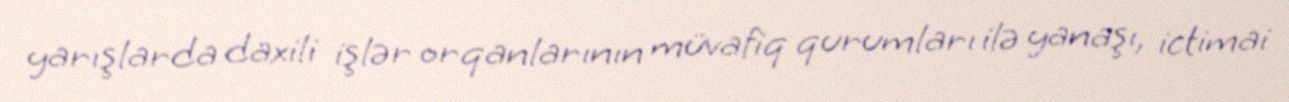
yarışlarda daxili işlər orqanlarının müvafiq qurumları ilə yanaşı, ictimai